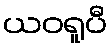
ယဝရူပီ